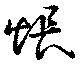
悵